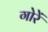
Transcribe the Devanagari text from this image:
गोरें